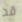
قد